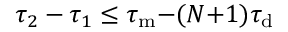
\tau _ { 2 } - \tau _ { 1 } \leq \tau _ { \mathrm { m } } { - } ( N { + } 1 ) \tau _ { \mathrm { d } }